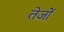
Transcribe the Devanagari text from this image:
तेजों